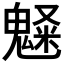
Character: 𩳫